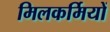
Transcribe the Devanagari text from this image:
मिलकर्मियों